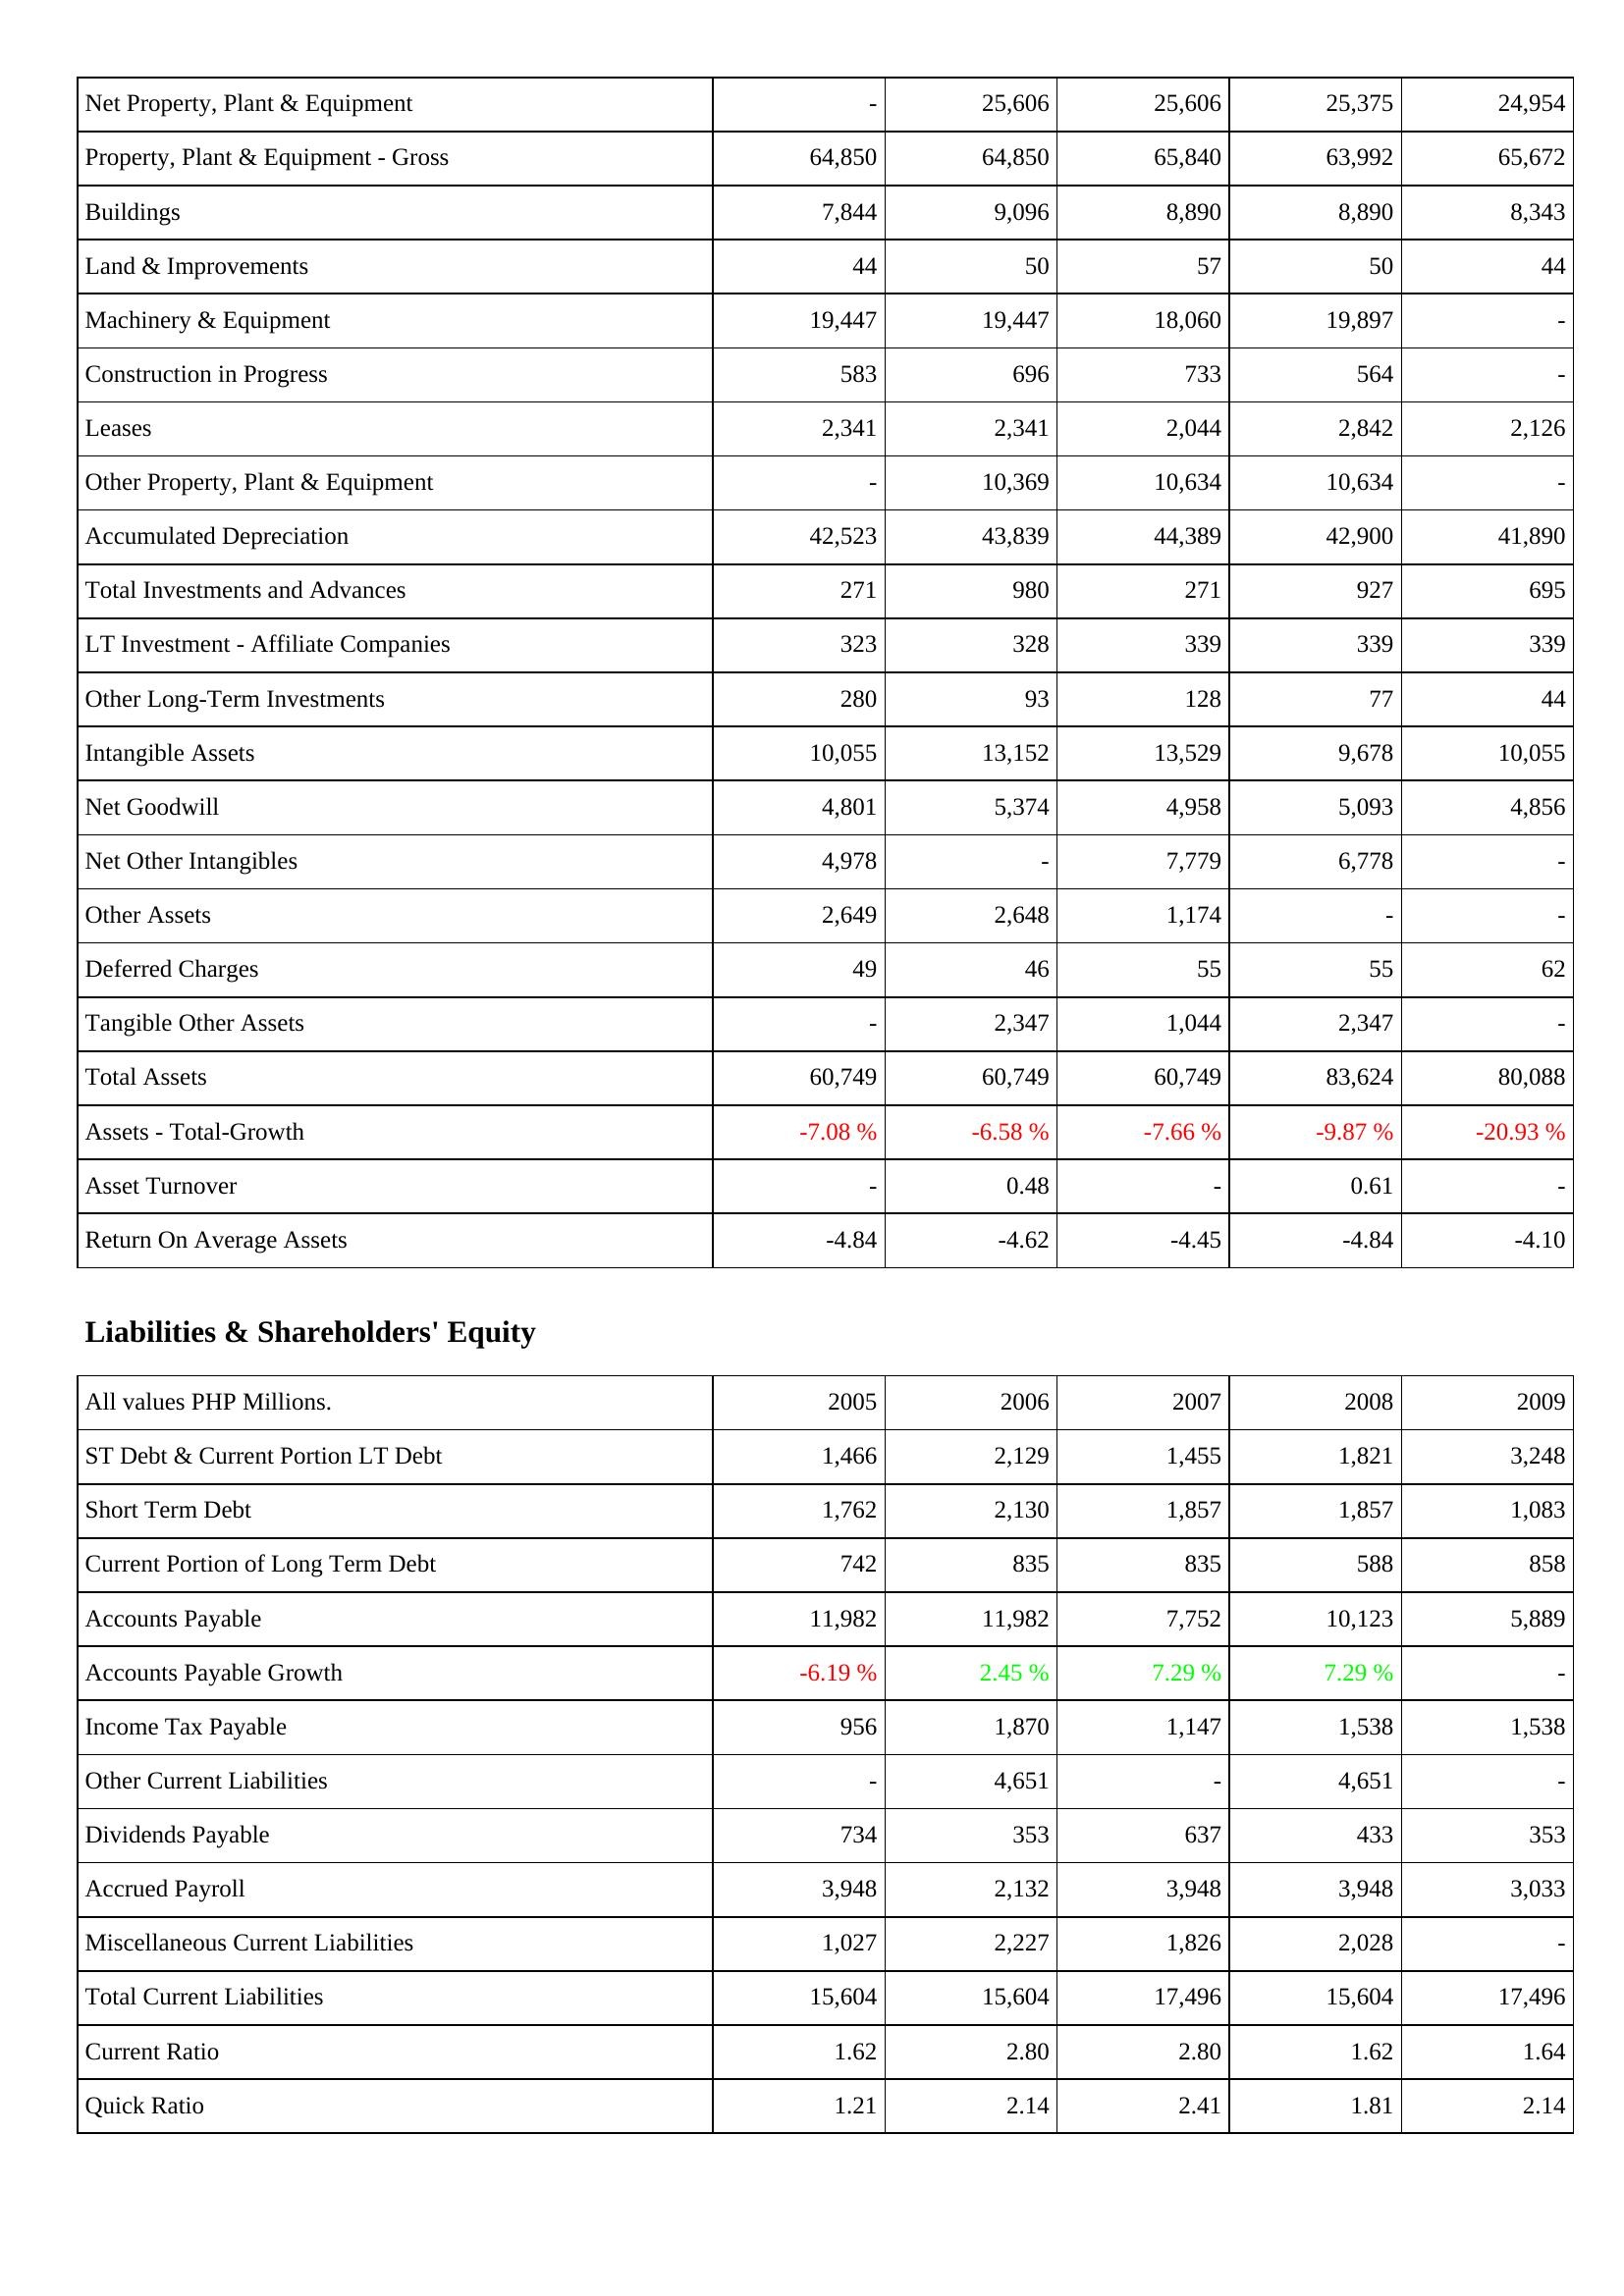
2005: Assets: Net Property, Plant & Equipment: -
Property, Plant & Equipment - Gross: 64,850
Buildings: 7,844
Land & Improvements: 44
Machinery & Equipment: 19,447
Construction in Progress: 583
Leases: 2,341
Other Property, Plant & Equipment: -
Accumulated Depreciation: 42,523
Total Investments and Advances: 271
LT Investment - Affiliate Companies: 323
Other Long-Term Investments: 280
Intangible Assets: 10,055
Net Goodwill: 4,801
Net Other Intangibles: 4,978
Other Assets: 2,649
Deferred Charges: 49
Tangible Other Assets: -
Total Assets: 60,749
Assets - Total-Growth: -7.08 %
Asset Turnover: -
Return On Average Assets: -4.84
Liabilities & Shareholders' Equity: ST Debt & Current Portion LT Debt: 1,466
Short Term Debt: 1,762
Current Portion of Long Term Debt: 742
Accounts Payable: 11,982
Accounts Payable Growth: -6.19 %
Income Tax Payable: 956
Other Current Liabilities: -
Dividends Payable: 734
Accrued Payroll: 3,948
Miscellaneous Current Liabilities: 1,027
Total Current Liabilities: 15,604
Current Ratio: 1.62
Quick Ratio: 1.21
2006: Assets: Net Property, Plant & Equipment: 25,606
Property, Plant & Equipment - Gross: 64,850
Buildings: 9,096
Land & Improvements: 50
Machinery & Equipment: 19,447
Construction in Progress: 696
Leases: 2,341
Other Property, Plant & Equipment: 10,369
Accumulated Depreciation: 43,839
Total Investments and Advances: 980
LT Investment - Affiliate Companies: 328
Other Long-Term Investments: 93
Intangible Assets: 13,152
Net Goodwill: 5,374
Net Other Intangibles: -
Other Assets: 2,648
Deferred Charges: 46
Tangible Other Assets: 2,347
Total Assets: 60,749
Assets - Total-Growth: -6.58 %
Asset Turnover: 0.48
Return On Average Assets: -4.62
Liabilities & Shareholders' Equity: ST Debt & Current Portion LT Debt: 2,129
Short Term Debt: 2,130
Current Portion of Long Term Debt: 835
Accounts Payable: 11,982
Accounts Payable Growth: 2.45 %
Income Tax Payable: 1,870
Other Current Liabilities: 4,651
Dividends Payable: 353
Accrued Payroll: 2,132
Miscellaneous Current Liabilities: 2,227
Total Current Liabilities: 15,604
Current Ratio: 2.80
Quick Ratio: 2.14
2007: Assets: Net Property, Plant & Equipment: 25,606
Property, Plant & Equipment - Gross: 65,840
Buildings: 8,890
Land & Improvements: 57
Machinery & Equipment: 18,060
Construction in Progress: 733
Leases: 2,044
Other Property, Plant & Equipment: 10,634
Accumulated Depreciation: 44,389
Total Investments and Advances: 271
LT Investment - Affiliate Companies: 339
Other Long-Term Investments: 128
Intangible Assets: 13,529
Net Goodwill: 4,958
Net Other Intangibles: 7,779
Other Assets: 1,174
Deferred Charges: 55
Tangible Other Assets: 1,044
Total Assets: 60,749
Assets - Total-Growth: -7.66 %
Asset Turnover: -
Return On Average Assets: -4.45
Liabilities & Shareholders' Equity: ST Debt & Current Portion LT Debt: 1,455
Short Term Debt: 1,857
Current Portion of Long Term Debt: 835
Accounts Payable: 7,752
Accounts Payable Growth: 7.29 %
Income Tax Payable: 1,147
Other Current Liabilities: -
Dividends Payable: 637
Accrued Payroll: 3,948
Miscellaneous Current Liabilities: 1,826
Total Current Liabilities: 17,496
Current Ratio: 2.80
Quick Ratio: 2.41
2008: Assets: Net Property, Plant & Equipment: 25,375
Property, Plant & Equipment - Gross: 63,992
Buildings: 8,890
Land & Improvements: 50
Machinery & Equipment: 19,897
Construction in Progress: 564
Leases: 2,842
Other Property, Plant & Equipment: 10,634
Accumulated Depreciation: 42,900
Total Investments and Advances: 927
LT Investment - Affiliate Companies: 339
Other Long-Term Investments: 77
Intangible Assets: 9,678
Net Goodwill: 5,093
Net Other Intangibles: 6,778
Other Assets: -
Deferred Charges: 55
Tangible Other Assets: 2,347
Total Assets: 83,624
Assets - Total-Growth: -9.87 %
Asset Turnover: 0.61
Return On Average Assets: -4.84
Liabilities & Shareholders' Equity: ST Debt & Current Portion LT Debt: 1,821
Short Term Debt: 1,857
Current Portion of Long Term Debt: 588
Accounts Payable: 10,123
Accounts Payable Growth: 7.29 %
Income Tax Payable: 1,538
Other Current Liabilities: 4,651
Dividends Payable: 433
Accrued Payroll: 3,948
Miscellaneous Current Liabilities: 2,028
Total Current Liabilities: 15,604
Current Ratio: 1.62
Quick Ratio: 1.81
2009: Assets: Net Property, Plant & Equipment: 24,954
Property, Plant & Equipment - Gross: 65,672
Buildings: 8,343
Land & Improvements: 44
Machinery & Equipment: -
Construction in Progress: -
Leases: 2,126
Other Property, Plant & Equipment: -
Accumulated Depreciation: 41,890
Total Investments and Advances: 695
LT Investment - Affiliate Companies: 339
Other Long-Term Investments: 44
Intangible Assets: 10,055
Net Goodwill: 4,856
Net Other Intangibles: -
Other Assets: -
Deferred Charges: 62
Tangible Other Assets: -
Total Assets: 80,088
Assets - Total-Growth: -20.93 %
Asset Turnover: -
Return On Average Assets: -4.10
Liabilities & Shareholders' Equity: ST Debt & Current Portion LT Debt: 3,248
Short Term Debt: 1,083
Current Portion of Long Term Debt: 858
Accounts Payable: 5,889
Accounts Payable Growth: -
Income Tax Payable: 1,538
Other Current Liabilities: -
Dividends Payable: 353
Accrued Payroll: 3,033
Miscellaneous Current Liabilities: -
Total Current Liabilities: 17,496
Current Ratio: 1.64
Quick Ratio: 2.14